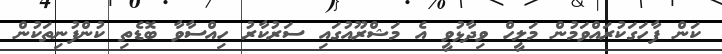
ކަން ފާހަގަކުރައްވަމުން މަލީހް ވިދާޅުވީ އެ މަޝްރޫއުގައި ސަރުކާރު ހިއްސާވާ ބޮޑެތި ކުންފުނިތަކުން